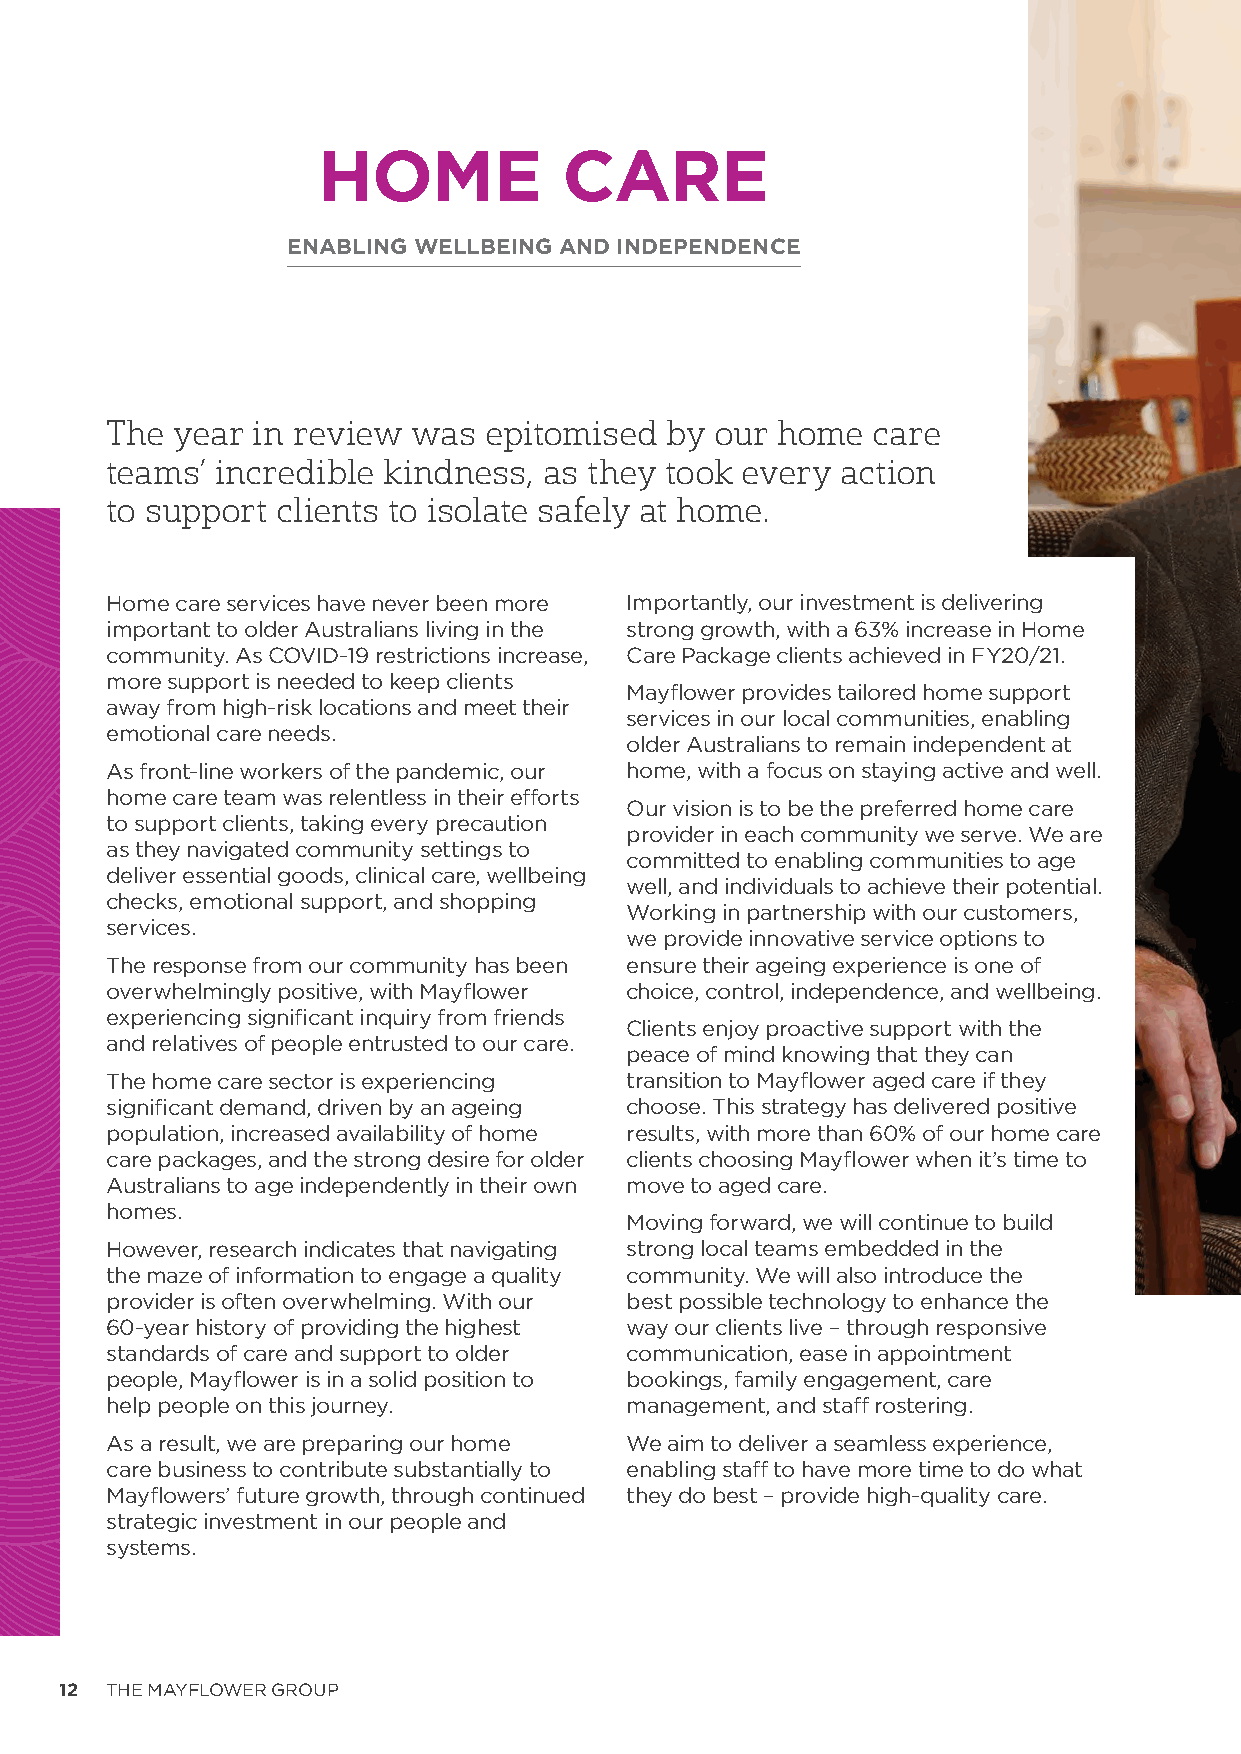
HOME            CARE
 ENABLING WELLBEING AND INDEPENDENCE
 The year  in review was  epitomised  by our home   care
 teams’ incredible kindness,  as they took every  action
 to support clients to isolate safely at home.
 Home care services have never been more Importantly, our investment is delivering
 important to older Australians living in the strong growth, with a 63% increase in Home
 community. As COVID-19 restrictions increase, Care Package clients achieved in FY20/21.
 more support is needed to keep clients
 Mayflower provides tailored home support
 away from high-risk locations and meet their
 services in our local communities, enabling
 emotional care needs.
 older Australians to remain independent at
 As front-line workers of the pandemic, our home, with a focus on staying active and well.
 home care team was relentless in their efforts
 Our vision is to be the preferred home care
 to support clients, taking every precaution
 provider in each community we serve. We are
 as they navigated community settings to
 committed to enabling communities to age
 deliver essential goods, clinical care, wellbeing
 well, and individuals to achieve their potential.
 checks, emotional support, and shopping
 Working in partnership with our customers,
 services.
 we provide innovative service options to
 The response from our community has been ensure their ageing experience is one of
 overwhelmingly positive, with Mayflower choice, control, independence, and wellbeing.
 experiencing significant inquiry from friends
 Clients enjoy proactive support with the
 and relatives of people entrusted to our care.
 peace of mind knowing that they can
 The home care sector is experiencing transition to Mayflower aged care if they
 significant demand, driven by an ageing choose. This strategy has delivered positive
 population, increased availability of home results, with more than 60% of our home care
 care packages, and the strong desire for older clients choosing Mayflower when it’s time to
 Australians to age independently in their own move to aged care.
 homes.
 Moving forward, we will continue to build
 However, research indicates that navigating strong local teams embedded in the
 the maze of information to engage a quality community. We will also introduce the
 provider is often overwhelming. With our best possible technology to enhance the
 60-year history of providing the highest way our clients live – through responsive
 standards of care and support to older communication, ease in appointment
 people, Mayflower is in a solid position to bookings, family engagement, care
 help people on this journey.      management, and staff rostering.
 As a result, we are preparing our home We aim to deliver a seamless experience,
 care business to contribute substantially to enabling staff to have more time to do what
 Mayflowers’ future growth, through continued they do best – provide high-quality care.
 strategic investment in our people and
 systems.
 12 THE MAYFLOWER GROUP